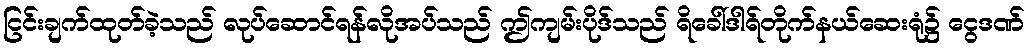
ငြင်းချက်ထုတ်ခဲ့သည် လုပ်ဆောင်ရန်လိုအပ်သည် ဤကျမ်းပိုဒ်သည် ရိခေါ်ဒါရ်တိုက်နယ်ဆေးရုံ၌ ငွေဒဏ်